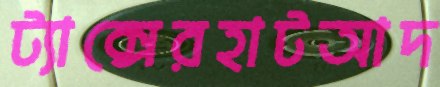
ট্যাক্সেরহাটআদ